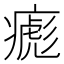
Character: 𤹼